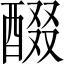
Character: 醊